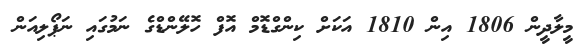
މީލާދީން 1806 އިން 1810 އަކަށް ކިންގްޑޮމް އޮފް ހޮލޭންޑްގެ ނަމުގައި ނަޕޯލިއަން